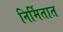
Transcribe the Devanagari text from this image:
निर्मितात